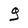
Character: g